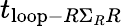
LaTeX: t_{\mathrm{loop}-R\Sigma_{R}R}